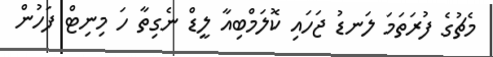
މެޗުގެ ފުރަތަމަ ލަނޑު ޖަހައި ކޮލަމްބިއާ ލީޑް ނެގިތާ ހަ މިނިޓް ފަހުން